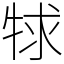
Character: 𤙠